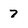
Character: 7